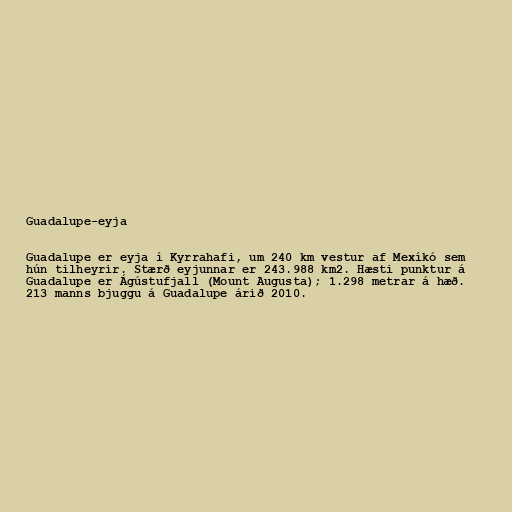
Guadalupe-eyja

Guadalupe er eyja í Kyrrahafi, um 240 km vestur af Mexíkó sem
hún tilheyrir. Stærð eyjunnar er 243.988 km2. Hæsti punktur á
Guadalupe er Ágústufjall (Mount Augusta); 1.298 metrar á hæð.
213 manns bjuggu á Guadalupe árið 2010.